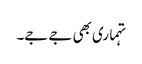
تہماری بھی جے جے۔